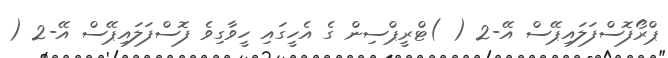
ޕްރޯފޮސްފަލައިޕޭސް އޭ-2 ( )ޓްރީޕްސިން ގެ އެހީގައި ހީވާގިވެ ފޮސްފަލައިޕޭސް އޭ-2 (